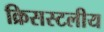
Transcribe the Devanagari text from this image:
क्रिसस्टलीय